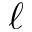
\ell